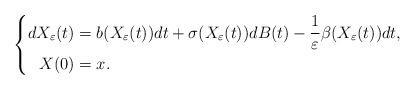
LaTeX: \begin{align*}\left\{\begin{aligned}dX_\varepsilon(t)&=b(X_\varepsilon(t))dt+\sigma(X_\varepsilon(t))dB(t)-\frac{1}{\varepsilon}\beta(X_\varepsilon(t))dt,\\X(0)&=x.\\\end{aligned}\right.\end{align*}